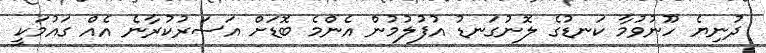
ދުނިޔެ ހޫނުވުމާ ކަނޑުގެ ލޮނުގަނޑު އުފުލުމުން އެންމެ ބޮޑަށް އަސަރުކުރާނެ އެއް ގައުމަކީ